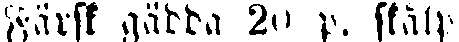
Färsk gädda 20 p. skålp